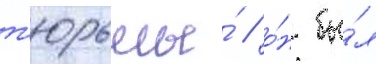
т'юрьмы́ / о́н бы́л